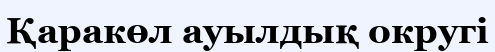
Қаракөл ауылдық округі